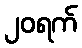
၂၀ရက်